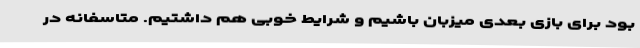
بود برای بازی بعدی میزبان باشیم و شرایط خوبی هم داشتیم. متاسفانه در